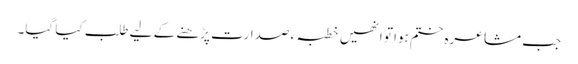
جب مشاعرہ ختم ہوا تو انھیں خطبہ ء صدارت پڑھنے کے لیے طلب کیا گیا۔